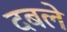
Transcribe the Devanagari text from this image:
दबले